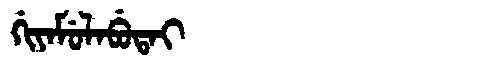
Manchu: ᡤᡳᠶᠠᠮᡠᠯᠠᠪᡠᡨᠠᡳ
Romanization: GIYAMULABUTAI